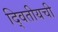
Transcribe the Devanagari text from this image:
द्वितीयची